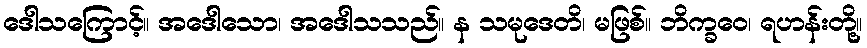
ဒေါသကြောင့်။ အဒေါသော၊ အဒေါသသည်။ န သမုဒေတိ၊ မဖြစ်။ ဘိက္ခဝေ၊ ရဟန်းတို့။